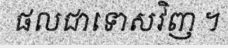
ផលជាទោសវិញ ។